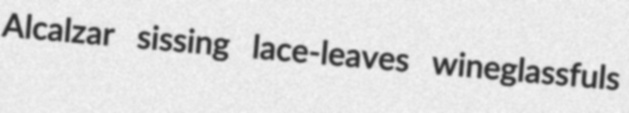
Alcalzar sissing lace-leaves wineglassfuls